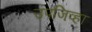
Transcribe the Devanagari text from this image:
उपजिव्हा